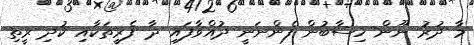
މާ ދުރު ނޫން ހިސާބުން ފެންނަނީ ދުއްވާފައި ދާ ފެރީތަކާއި ކުދި ރީތި